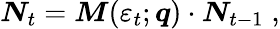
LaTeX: \boldsymbol{N}_{t}=\boldsymbol{M}(\varepsilon_{t};\boldsymbol{q})\cdot\boldsymbol{N}_{t-1}\; ,